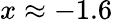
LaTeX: x\approx-1.6